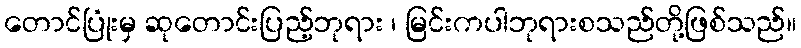
တောင်ပြုံးမှ ဆုတောင်းပြည့်ဘုရား ၊ မြင်းကပါဘုရားစသည်တို့ဖြစ်သည်။